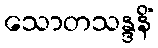
သောတသန္ဒနိံ